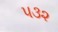
૫૩૨